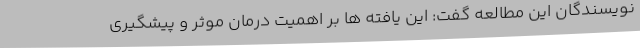
نویسندگان این مطالعه گفت: این یافته ها بر اهمیت درمان موثر و پیشگیری